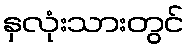
နှလုံးသားတွင်